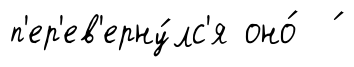
п'ер'ев'ерну́лс'я оно́ ́